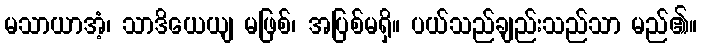
မသာယာအံ့၊ သာဒိယေယျ မဖြစ်၊ အပြစ်မရှိ။ ပယ်သည်ချည်းသည်သာ မည်၏။